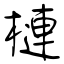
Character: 槤